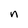
Character: n